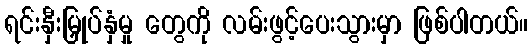
ရင်းနှီးမြှုပ်နှံမှု တွေကို လမ်းဖွင့်ပေးသွားမှာ ဖြစ်ပါတယ်။